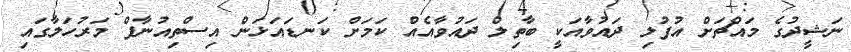
ނަޝީދުގެ މައްޗަށް އުފުލި ދައުވާއަކީ ބާތިލް ދައުވާއެއް ކަމަށް ކަނޑައަޅަން އިސްތިއުނާފް މަރުހަލާގައި